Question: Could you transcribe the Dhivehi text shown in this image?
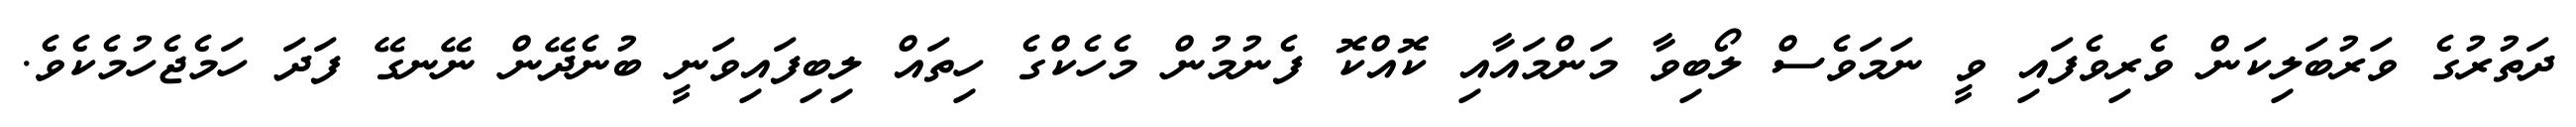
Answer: ދަތުރުގެ ވަރުބަލިކަން ވެރިވެފައި ވީ ނަމަވެސް ލޯބިވާ މަންމައާއި ކޮއްކޮ ފެނުމުން މެހެކްގެ ހިތައް ލިބިފައިވަނީ ބުނެދޭން ނޭނގޭ ފަދަ ހަމެޖެހުމެކެވެ.